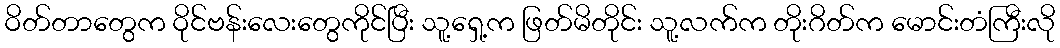
ဝိတ်တာတွေက ဝိုင်ဗန်းလေးတွေကိုင်ပြီး သူ့ရှေ့က ဖြတ်မိတိုင်း သူ့လက်က တိုးဂိတ်က မောင်းတံကြီးလို